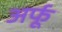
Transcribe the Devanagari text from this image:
अर्फू